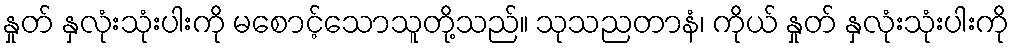
နှုတ် နှလုံးသုံးပါးကို မစောင့်သောသူတို့သည်။ သုသညတာနံ၊ ကိုယ် နှုတ် နှလုံးသုံးပါးကို